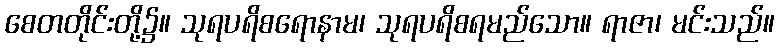
စေတတိုင်းတို့၌။ သုရပရိစရောနာမ၊ သုရပရိစရမည်သော။ ရာဇာ၊ မင်းသည်။